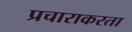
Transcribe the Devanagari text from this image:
प्रचाराकरता